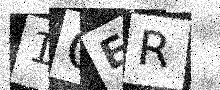
Text: 1GER